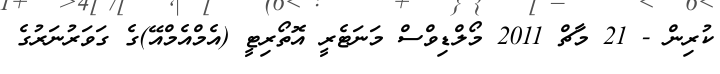
ކުރިން - 21 މާޗް 2011 މޯލްޑިވްސް މަނަޓެރީ އޮތޯރިޓީ (އެމްއެމްއޭ)ގެ ގަވަރުނަރުގެ